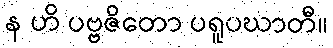
န ဟိ ပဗ္ဗဇိတော ပရူပဃာတီ။